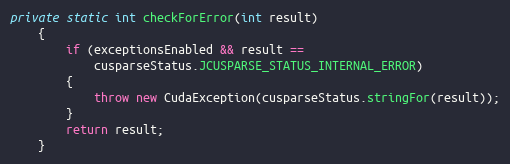
Language: Java
private static int checkForError(int result)
    {
        if (exceptionsEnabled && result ==
            cusparseStatus.JCUSPARSE_STATUS_INTERNAL_ERROR)
        {
            throw new CudaException(cusparseStatus.stringFor(result));
        }
        return result;
    }